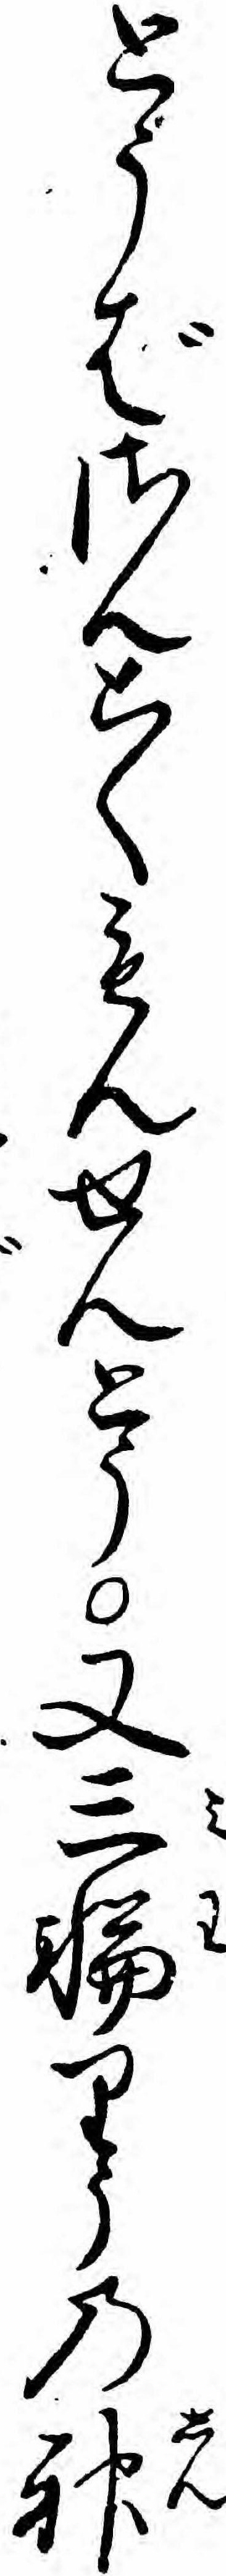
とうばさんこくもんせんとう又三輪りうの神